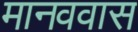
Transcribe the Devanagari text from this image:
मानववास